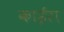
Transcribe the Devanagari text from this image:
काईरा